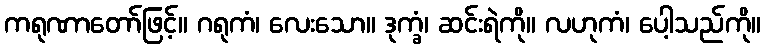
ကရုဏာတော်ဖြင့်။ ဂရုကံ၊ လေးသော။ ဒုက္ခံ၊ ဆင်းရဲကို။ လဟုကံ၊ ပေါ့သည်ကို။